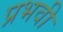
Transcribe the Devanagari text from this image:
प्रभवी